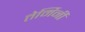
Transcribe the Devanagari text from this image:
तेर्मिनी